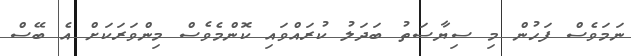
ނަމަވެސް ފަހުން މި ސިޔާސަތު ބަދަލު ކުރައްވައި ކޮންމެވެސް މިންވަރަކަށް އެ ބޭސް